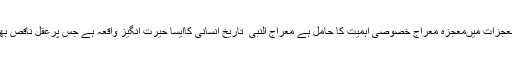
نبی آخرالزماںۖ کے معجزات میںمعجزہ معراج خصوصی اہمیت کا حامل ہے معراج النبی ۖ تاریخ انسانی کاایسا حیرت انگیز واقعہ ہے جس پرعقل ناقص بھی حیران وششدرہے۔